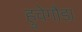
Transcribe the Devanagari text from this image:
हुचेगौडा